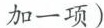
加一项）